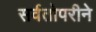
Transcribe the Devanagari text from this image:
सर्वतोपरीने